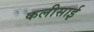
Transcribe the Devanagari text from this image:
कलीसाई